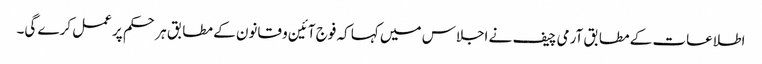
اطلاعات کے مطابق آرمی چیف نے اجلاس میں کہا کہ فوج آئین و قانون کے مطابق ہر حکم پر عمل کرے گی۔